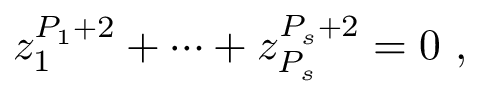
z _ { 1 } ^ { P _ { 1 } + 2 } + \dots + z _ { P _ { s } } ^ { P _ { s } + 2 } = 0 ~ ,